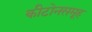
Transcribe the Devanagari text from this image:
कीटोनसमूह